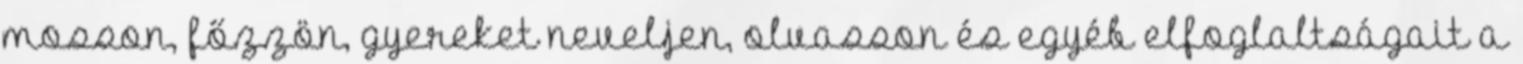
mosson, főzzön, gyereket neveljen, olvasson és egyéb elfoglaltságait a